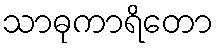
သာဓုကာရိတော